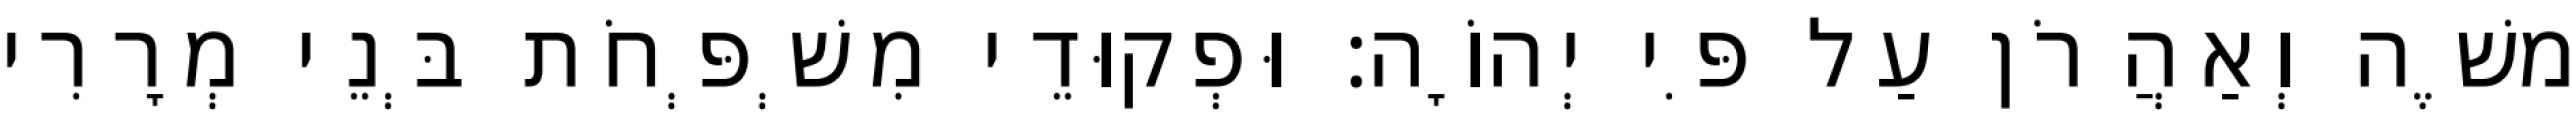
משֶׁה וְאַהֲרֹן עַל פִּי יְהוָֹה׃ וּפְקוּדֵי מִשְׁפְּחֹת בְּנֵי מְרָרִי